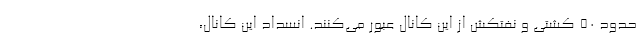
حدود ۵۰ کشتی و نفتکش از این کانال عبور می‌کنند. انسداد این کانال،